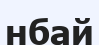
нбай